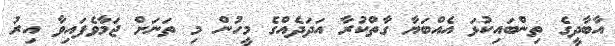
އާބާދީގެ ތިންބައިކުޅަ އެއްބަޔާ ގާތްކުރާ އަދަދެއްގެ މީހުން މި ތަނަށް ޖަމާވެފައިވާ އިރު